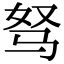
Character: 驽